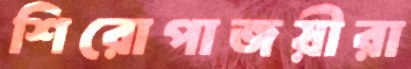
শিরোপাজয়ীরা